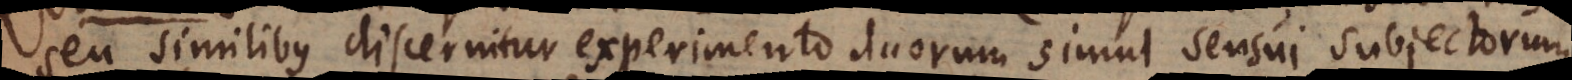
seu similibus discernitur experimento duorum simul sensui subjectorum.